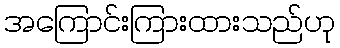
အကြောင်းကြားထားသည်ဟု